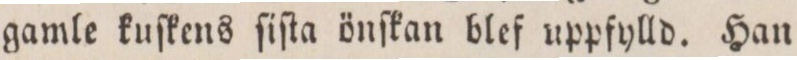
gamle kuſkens ſiſta önſkan blef uppfylld. Han